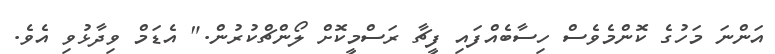
އަންނަ މަހުގެ ކޮންމެވެސް ހިސާބެއްފައި ފީޗާ ރަސްމީކޮށް ލޯންޗްކުރުން." އެޑަމް ވިދާޅުވި އެވެ.